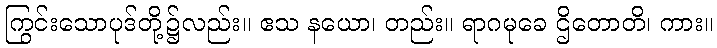
ကြွင်းသောပုဒ်တို့၌လည်း။ ဧသ နယော၊ တည်း။ ရာဂမုခေ ဌိတောတိ၊ ကား။